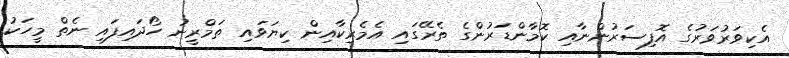
އެކިވަރުވަރުގެ އޮފިސަރުންނާއި ކޮމާންޑަރުންގެ ތެރޭގައި އެމެރިކާއިން ކިޔަވައި ތަމްރީނު ހޯދައިފައި ނެތް މީހަކު